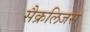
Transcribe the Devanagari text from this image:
सैक्रलिजस